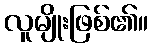
လူမျိုးဖြစ်၏။